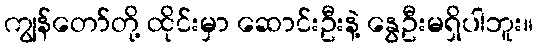
ကျွန်တော်တို့ ထိုင်းမှာ ဆောင်းဦးနဲ့ နွေဦးမရှိပါဘူး။